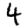
Digit: 4